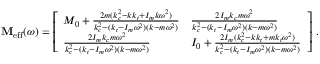
\mathbf { M } _ { \mathrm { e f f } } ( \omega ) = \left[ \begin{array} { l l } { M _ { 0 } + \frac { 2 m ( k _ { c } ^ { 2 } - k k _ { t } + I _ { m } k \omega ^ { 2 } ) } { k _ { c } ^ { 2 } - ( k _ { t } - I _ { m } \omega ^ { 2 } ) ( k - m \omega ^ { 2 } ) } } & { \frac { 2 I _ { m } k _ { c } m \omega ^ { 2 } } { k _ { c } ^ { 2 } - ( k _ { t } - I _ { m } \omega ^ { 2 } ) ( k - m \omega ^ { 2 } ) } } \\ { \frac { 2 I _ { m } k _ { c } m \omega ^ { 2 } } { k _ { c } ^ { 2 } - ( k _ { t } - I _ { m } \omega ^ { 2 } ) ( k - m \omega ^ { 2 } ) } } & { I _ { 0 } + \frac { 2 I _ { m } ( k _ { c } ^ { 2 } - k k _ { t } + m k _ { t } \omega ^ { 2 } ) } { k _ { c } ^ { 2 } - ( k _ { t } - I _ { m } \omega ^ { 2 } ) ( k - m \omega ^ { 2 } ) } } \end{array} \right] \, .